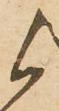
候